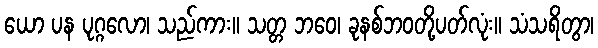
ယော ပန ပုဂ္ဂလော၊ သည်ကား။ သတ္တ ဘဝေ၊ ခုနစ်ဘဝတို့ပတ်လုံး။ သံသရိတွာ၊